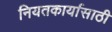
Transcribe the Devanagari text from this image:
नियतकार्यासाठी